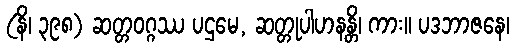
(နိ၊ ၃၉၈) ဆတ္တဝဂ္ဂဿ ပဌမေ, ဆတ္တုပါဟနန္တိ၊ ကား။ ပဒဘာဇနေ၊